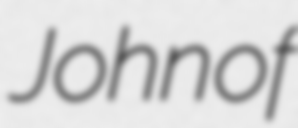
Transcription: John of